Indian journal of veterinary science and animal husbandry - Volume 2,
Year: 1932
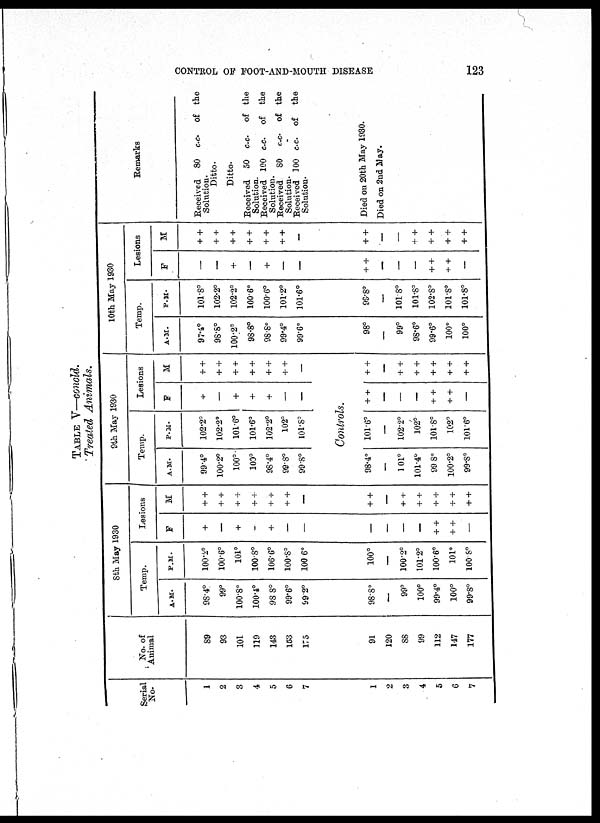
CONTROL OF FOOT-AND-MOUTH DISEASE
123
TABLE V—concld.
Treated Animals.
Serial
No.
1
2
3
4
5
6
7
1
2
3
4
5
6
7
No. of
Animal
89
93
101
119
143
153
175
91
120
88
99
112
147
177
8th May 1930
Temp.
A.M.
98.4°
99°
100.8°
100.4°
98.8°
99.8°
99.2°
98.8°
—
99°
100°
99.4°
100°
99.8°
P.M.
100.2°
100.6°
101°
100.8°
106.6°
100.8°
100.6°
100°
—
100.2°
101.2°
100.6°
101°
100.8°
Lesions
F
+
—
+
—
+
—
—
—
—
—
—
+ +
+ +
—
M
+ +
+ +
+ +
+ +
+ +
+ +
—
++
—
+ +
+ +
+ +
+ +
+ +
9th May 1930
Temp.
A. M.
99.4°
100.2°
100°
100°
98.4°
99.8°
99.8°
P. M.
102.2°
102.2°
101.6°
101.6°
102.2°
102°
101.8°
Lesions
F
+
—
+
+
+
—
—
M
+ +
+ +
+ +
+ +
+ +
+ +
—
Controls.
98.4°
—
101°
101.4°
99.8°
100.2°
99.8°
101.6°
—
102.2°
102°
101.8°
102°
101.6°
+ +
—
—
—
+ +
+ +
—
+ +
—
+ +
+ +
+ +
+ +
+ +
10th May 1930
Temp.
A. M.
97.4°
98.8°
100.2°
98.8°
98.8°
99.4°
99.6°
98°
—
99°
98.6°
99.6°
100°
100°
P. M.
101.8°
102.2°
102.2°
100.6°
100.6°
101.2°
101.6°
99.8°
—
101.8°
101.8°
102.8°
101.8°
101.8°
Lesions
F
—
—
+
—
+
—
—
+ +
—
—
—
+ +
+ +
—
M
+ +
+ +
+ +
+ +
++
++
—
+ +
—
—
++
+ +
+ +
+ +
Remarks
Received 80 c.c. of the
Solution.
Ditto.
Ditto.
Received 50 c.c. of the
Solution.
Received 100 c.c. of the
Solution.
Received 80 c.c. of the
Solution.
Received 100 c.c. of
the
Solution.
Died on 20th May 1930.
Died on 2nd May.